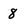
Character: 8